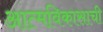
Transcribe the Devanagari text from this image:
आत्मविकासाची